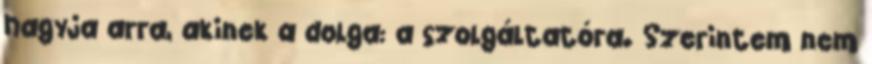
hagyja arra, akinek a dolga: a szolgáltatóra. Szerintem nem